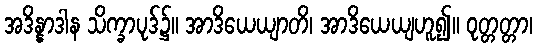
အဒိန္နာဒါန သိက္ခာပုဒ်၌။ အာဒိယေယျာတိ၊ အာဒိယေယျဟူ၍။ ဝုတ္တတ္တာ၊